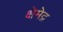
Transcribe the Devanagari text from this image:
क्षेमेद्र